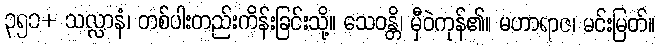
၃၅၁+ သလ္လာနံ၊ တစ်ပါးတည်းကိန်းခြင်းသို့။ သေဝန္တိ၊ မှီဝဲကုန်၏။ မဟာရာဇ၊ မင်းမြတ်။